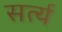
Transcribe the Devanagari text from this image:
सर्त्य